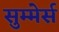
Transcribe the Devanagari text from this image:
सुम्मेर्स